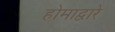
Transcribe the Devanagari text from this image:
होमाद्वारे